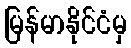
မြန်မာနိုင်ငံမှ